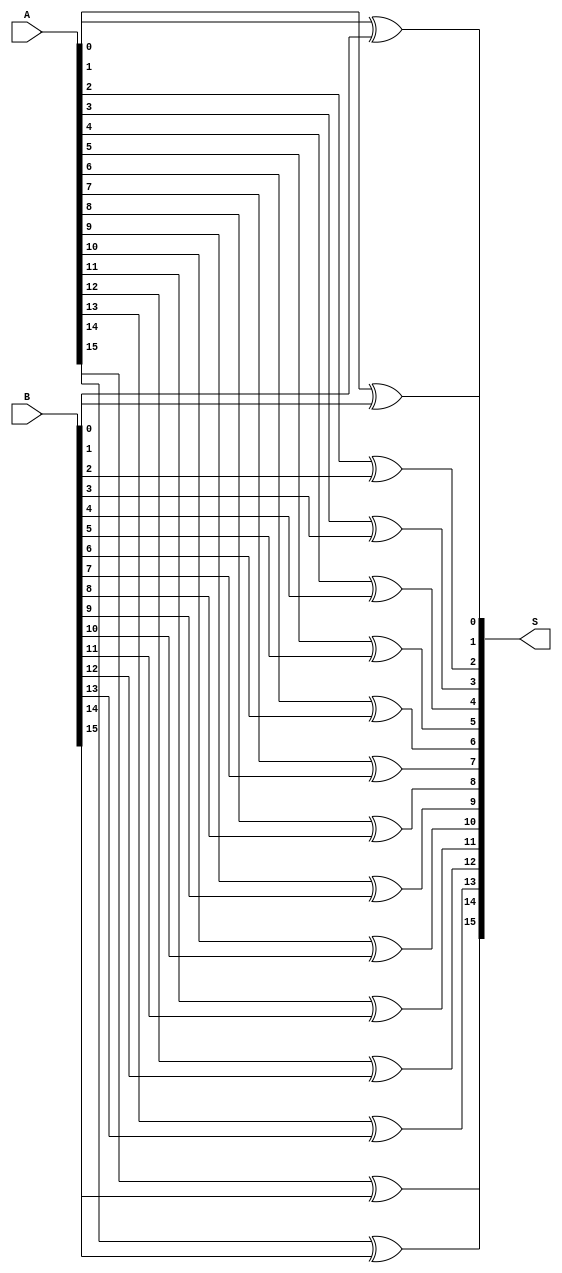
`timescale 1ns / 1ps
//////////////////////////////////////////////////////////////////////////////////
// Company: 
// Engineer: 
// 
// Design Name: 
// Module Name:    koggestone16 
// Project Name: 
// Target Devices: 
// Tool versions: 
// Description: 
//
// Dependencies: 
//
// Revision: 
// Revision 0.01 - File Created
// Additional Comments: 
//
//////////////////////////////////////////////////////////////////////////////////

///XOR16

module xor16 (input [15:0] A, B, output [15:0] S);
xor xor0(S[0] ,A[0], B[0]);
xor xor1(S[1] ,A[1], B[1]);
xor xor2(S[2] ,A[2], B[2]);
xor xor3(S[3] ,A[3], B[3]);
xor xor4(S[4] ,A[4], B[4]);
xor xor5(S[5] ,A[5], B[5]);
xor xor6(S[6] ,A[6], B[6]);
xor xor7(S[7] ,A[7], B[7]);
xor xor8(S[8] ,A[8], B[8]);
xor xor9(S[9] ,A[9], B[9]);
xor xor10(S[10] ,A[10], B[10]);
xor xor11(S[11] ,A[11], B[11]);
xor xor12(S[12] ,A[12], B[12]);
xor xor13(S[13] ,A[13], B[13]);
xor xor14(S[14] ,A[14], B[14]);
xor xor15(S[15] ,A[15], B[15]);
endmodule